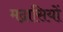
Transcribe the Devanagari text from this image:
मद्रासियों